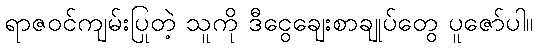
ရာဇဝင်ကျမ်းပြုတဲ့ သူကို ဒီငွေချေးစာချုပ်တွေ ပူဇော်ပါ။